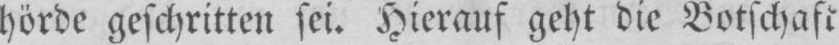
hörde geschritten sei. Hierauf geht die Botschaft